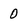
Character: 0